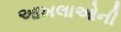
આખલાઓની